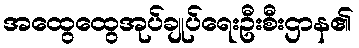
အထွေထွေအုပ်ချုပ်ရေးဦးစီးဌာန၏